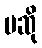
မဆို